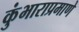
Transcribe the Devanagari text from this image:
कुंभाराप्रमाणे